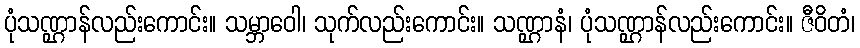
ပုံသဏ္ဌာန်လည်းကောင်း။ သမ္ဘာဝေါ၊ သုက်လည်းကောင်း။ သဏ္ဌာနံ၊ ပုံသဏ္ဌာန်လည်းကောင်း။ ဇီဝိတံ၊